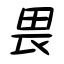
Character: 畏